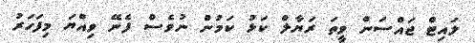
ލައިޓް ޖައްސަން ވީތަ ރަޔާލް ކަޅު ކަމުން ނުވެސް ފެނޭ ވިއްޔަ މިފަހަރު